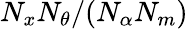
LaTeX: N_{x}N_{\theta}/(N_{\alpha}N_{m})